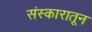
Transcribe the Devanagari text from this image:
संस्कारातून